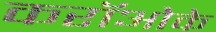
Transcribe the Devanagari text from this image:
करॉओके